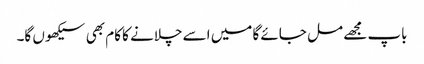
باپ مجھے مل جائے گا میں اسے چلانے کا کام بھی سیکھوں گا۔